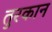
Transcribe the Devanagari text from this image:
तुरकान